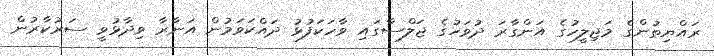
ރައްޔިތުންގެ މަޖިލީހުގެ އަންގާރަ ދުވަހުގެ ޖަލްސާގައި ވާހަކަފުޅު ދައްކަވަމުން އަނާރާ ވިދާޅުވީ ސަރުކާރުން